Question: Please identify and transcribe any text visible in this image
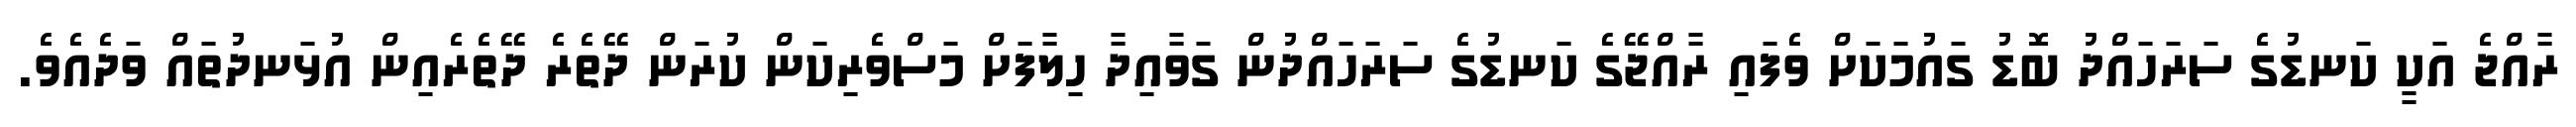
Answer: ރާއްޖެ އަކީ ކަނޑުގެ ސަރަހައްދު ބޮޑު ގައުމަކަށް ވެފައި ރާއްޖޭގެ ކަނޑުގެ ސަރަހައްދުން ގަވާއިދާ ހިލާފަށް މަސްވެރިކަން ކުރަން ދޭތެރެ ދޭތެރެއިން އުޅަނދުތައް ވަދެއެވެ.